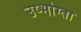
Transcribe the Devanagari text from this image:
उप्भोग्ता